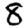
Digit: 8